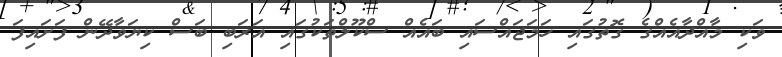
ވަކި މާއްދާއެއްގެ ގޮތުގައި ހަމަޖައްސައި ބައެއް ސްކޫލްތަކުގައި އަރަބި ބަސް ކިޔަވާދޭން ފަށައިފަ